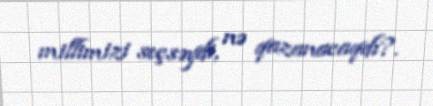
millimizi seçsəydi, nə qazanacaqdı?.